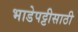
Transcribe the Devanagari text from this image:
भाडेपट्टीसाठी